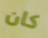
كان